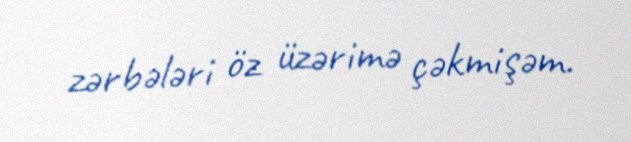
zərbələri öz üzərimə çəkmişəm.